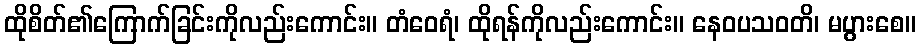
ထိုစိတ်၏ကြောက်ခြင်းကိုလည်းကောင်း။ တံဝေရံ၊ ထိုရန်ကိုလည်းကောင်း။ နေဝပသဝတိ၊ မပွားစေ။